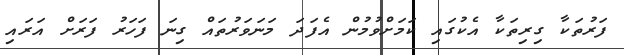
ފަރުތަކާ ގިރިތަކާ އެކުގައި ކަމަށްވުމުން އެފަދަ މަނަވަރުތައް ގިނަ ފަހަރު ފަރަށް އަރައި